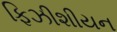
ફિઝીશીયન